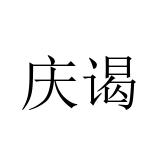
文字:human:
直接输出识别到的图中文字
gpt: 庆谒